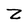
Character: Z